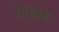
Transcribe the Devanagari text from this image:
दियाह